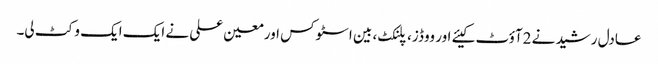
عادل رشید نے 2آؤٹ کیئے اور ووڈز، پلنکٹ، بین اسٹوکس اورمعین علی نے ایک ایک وکٹ لی۔